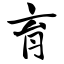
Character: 育